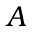
A